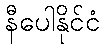
နီပေါနိုင်ငံ